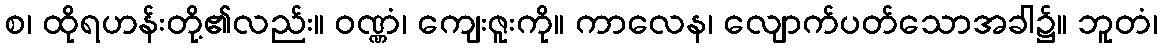
စ၊ ထိုရဟန်းတို့၏လည်း။ ဝဏ္ဏံ၊ ကျေးဇူးကို။ ကာလေန၊ လျောက်ပတ်သောအခါ၌။ ဘူတံ၊